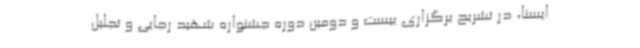
ایسنا، در تشریح برگزاری بیست و دومین دوره جشنواره شهید رجایی و تجلیل